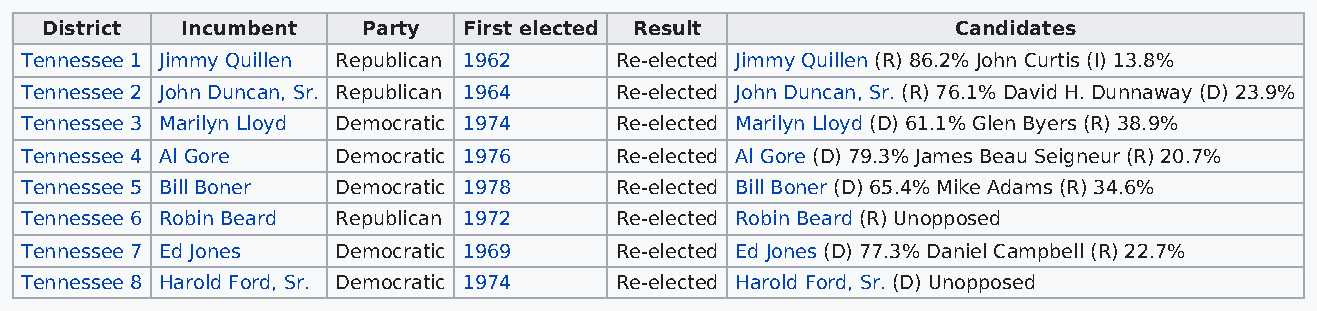
District Incumbent   Party  First elected Result            Candidates
 Tennessee 1 Jimmy Quillen Republican 1962 Re-elected Jimmy Quillen (R) 86.2% John Curtis (I) 13.8%
 Tennessee 2 John Duncan, Sr. Republican 1964 Re-elected John Duncan, Sr. (R) 76.1% David H. Dunnaway (D) 23.9%
 Tennessee 3 Marilyn Lloyd Democratic 1974 Re-elected Marilyn Lloyd (D) 61.1% Glen Byers (R) 38.9%
 Tennessee 4 Al Gore  Democratic 1976    Re-elected Al Gore (D) 79.3% James Beau Seigneur (R) 20.7%
 Tennessee 5 Bill Boner Democratic 1978  Re-elected Bill Boner (D) 65.4% Mike Adams (R) 34.6%
 Tennessee 6 Robin Beard Republican 1972 Re-elected Robin Beard (R) Unopposed
 Tennessee 7 Ed Jones Democratic 1969    Re-elected Ed Jones (D) 77.3% Daniel Campbell (R) 22.7%
 Tennessee 8 Harold Ford, Sr. Democratic 1974 Re-elected Harold Ford, Sr. (D) Unopposed